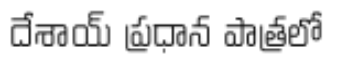
దేశాయ్ ప్రధాన పాత్రలో